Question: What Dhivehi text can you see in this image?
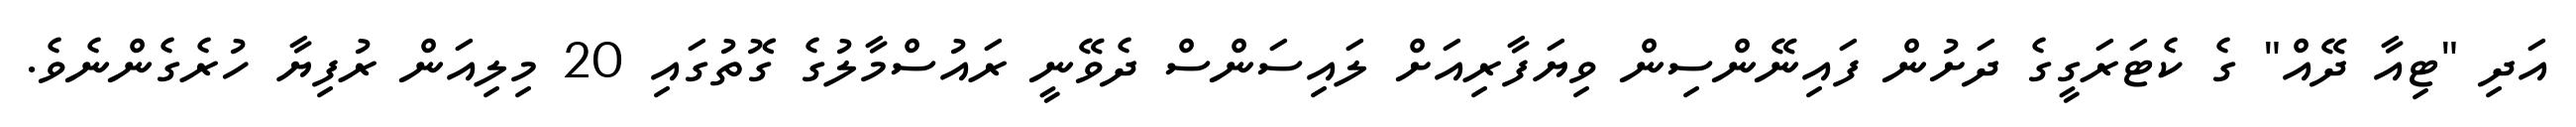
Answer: އަދި "ޓިއާ ދޭއް" ގެ ކެޓަރަގީގެ ދަށުން ފައިނޭންސިން ވިޔަފާރިއަށް ލައިސަންސް ދެވޭނީ ރައުސްމާލުގެ ގޮތުގައި 20 މިލިއަން ރުފިޔާ ހުރެގެންނެވެ.